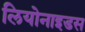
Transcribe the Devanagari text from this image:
लियोनाइडस